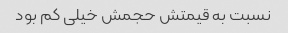
نسبت به قیمتش حجمش خیلی کم بود